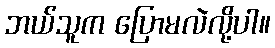
ဘယ်သူက ပြောမလဲလို့ပါ။